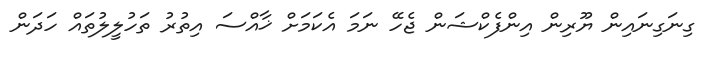
ގިނަގިނައިން ޔޫރިން އިންފެކްޝަން ޖެހޭ ނަމަ އެކަމަށް ޚާއްސަ އިތުރު ތަހުލީލުތައް ހަދަން